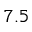
7 . 5